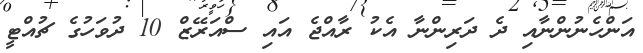
އަންހެނުންނާއި ދެ ދަރިންނާ އެކު ރާއްޖެ އައި ސްއަރޭޒް 10 ދުވަހުގެ ޗުއްޓީ